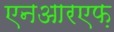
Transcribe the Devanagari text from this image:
एनआरएफ़